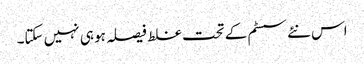
اس نئے سسٹم کے تحت غلط فیصلہ ہو ہی نہیں سکتا۔